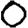
Digit: 0